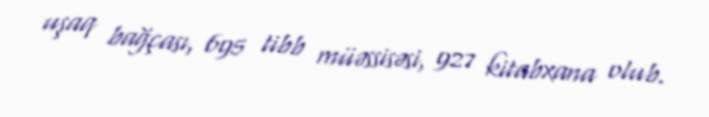
uşaq bağçası, 695 tibb müəssisəsi, 927 kitabxana olub.